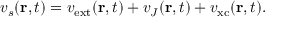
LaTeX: v _ { s } ( \mathbf { r } , t ) = v _ { \mathrm { { e x t } } } ( \mathbf { r } , t ) + v _ { J } ( \mathbf { r } , t ) + v _ { \mathrm { { x c } } } ( \mathbf { r } , t ) .